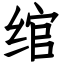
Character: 绾